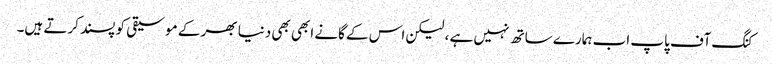
کنگ آف پاپ اب ہمارے ساتھ نہیں ہے ، لیکن اس کے گانے ابھی بھی دنیا بھر کے موسیقی کو پسند کرتے ہیں۔